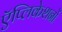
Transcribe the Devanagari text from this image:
ऍप्लिकेशनों